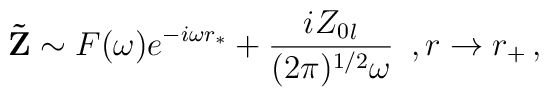
{\bf \tilde Z} \sim F(\omega) e^{-i\omega r_*}+\frac{i {Z_0}_l}{(2\pi)^{1/2}\omega }\,\,\,, r\rightarrow r_+\,,